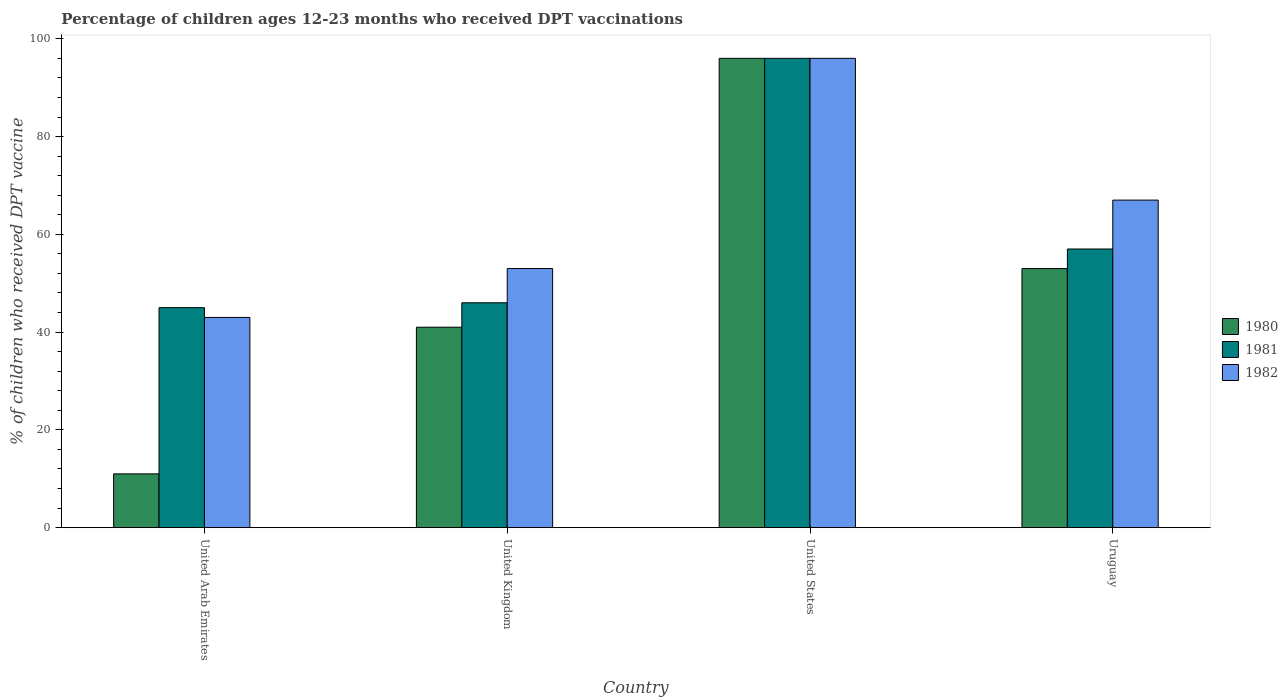
| Country | 1980 | 1981 | 1982 |
 | --- | --- | --- | --- |
 | United Arab Emirates | 11 | 45 | 43 |
 | United Kingdom | 41 | 46 | 53 |
 | United States | 96 | 96 | 96 |
 | Uruguay | 53 | 57 | 67 |